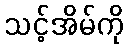
သင့်အိမ်ကို